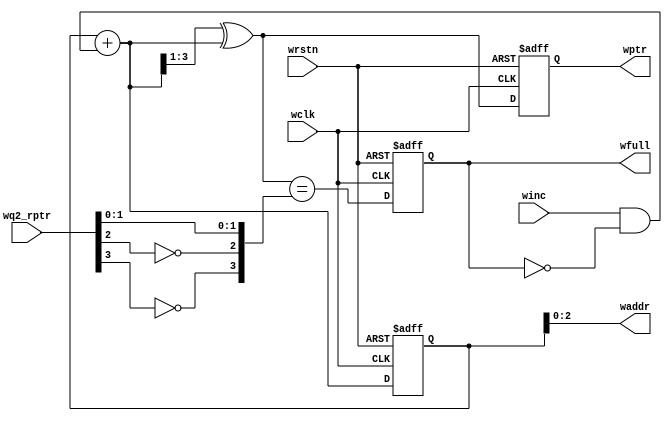
module wptr_full #(parameter ADDR_SIZE = 3) (    
input wclk,wrstn,winc,
input [ADDR_SIZE:0] wq2_rptr,
output reg wfull,
output [ADDR_SIZE-1:0] waddr,
output reg [ADDR_SIZE:0] wptr
);
wire wfull_val;
wire [ADDR_SIZE:0] wgrey_next,wbin_next;
reg [ADDR_SIZE:0] wbin;

assign wfull_val = (wgrey_next[ADDR_SIZE:0]== {!wq2_rptr[ADDR_SIZE],!wq2_rptr[ADDR_SIZE-1],wq2_rptr[ADDR_SIZE-2:0]});

always @(posedge wclk or negedge wrstn)begin
if(!wrstn) wfull <= 1'b0;
else wfull <= wfull_val;
end

assign wbin_next = wbin + (winc & ! wfull);
assign wgrey_next = wbin_next>>1 ^ wbin_next;


always @(posedge wclk or negedge wrstn) begin

if(!wrstn) {wbin,wptr}<=0;
else {wbin,wptr} <= {wbin_next,wgrey_next};

end


assign waddr = wbin[ADDR_SIZE-1:0];

endmodule